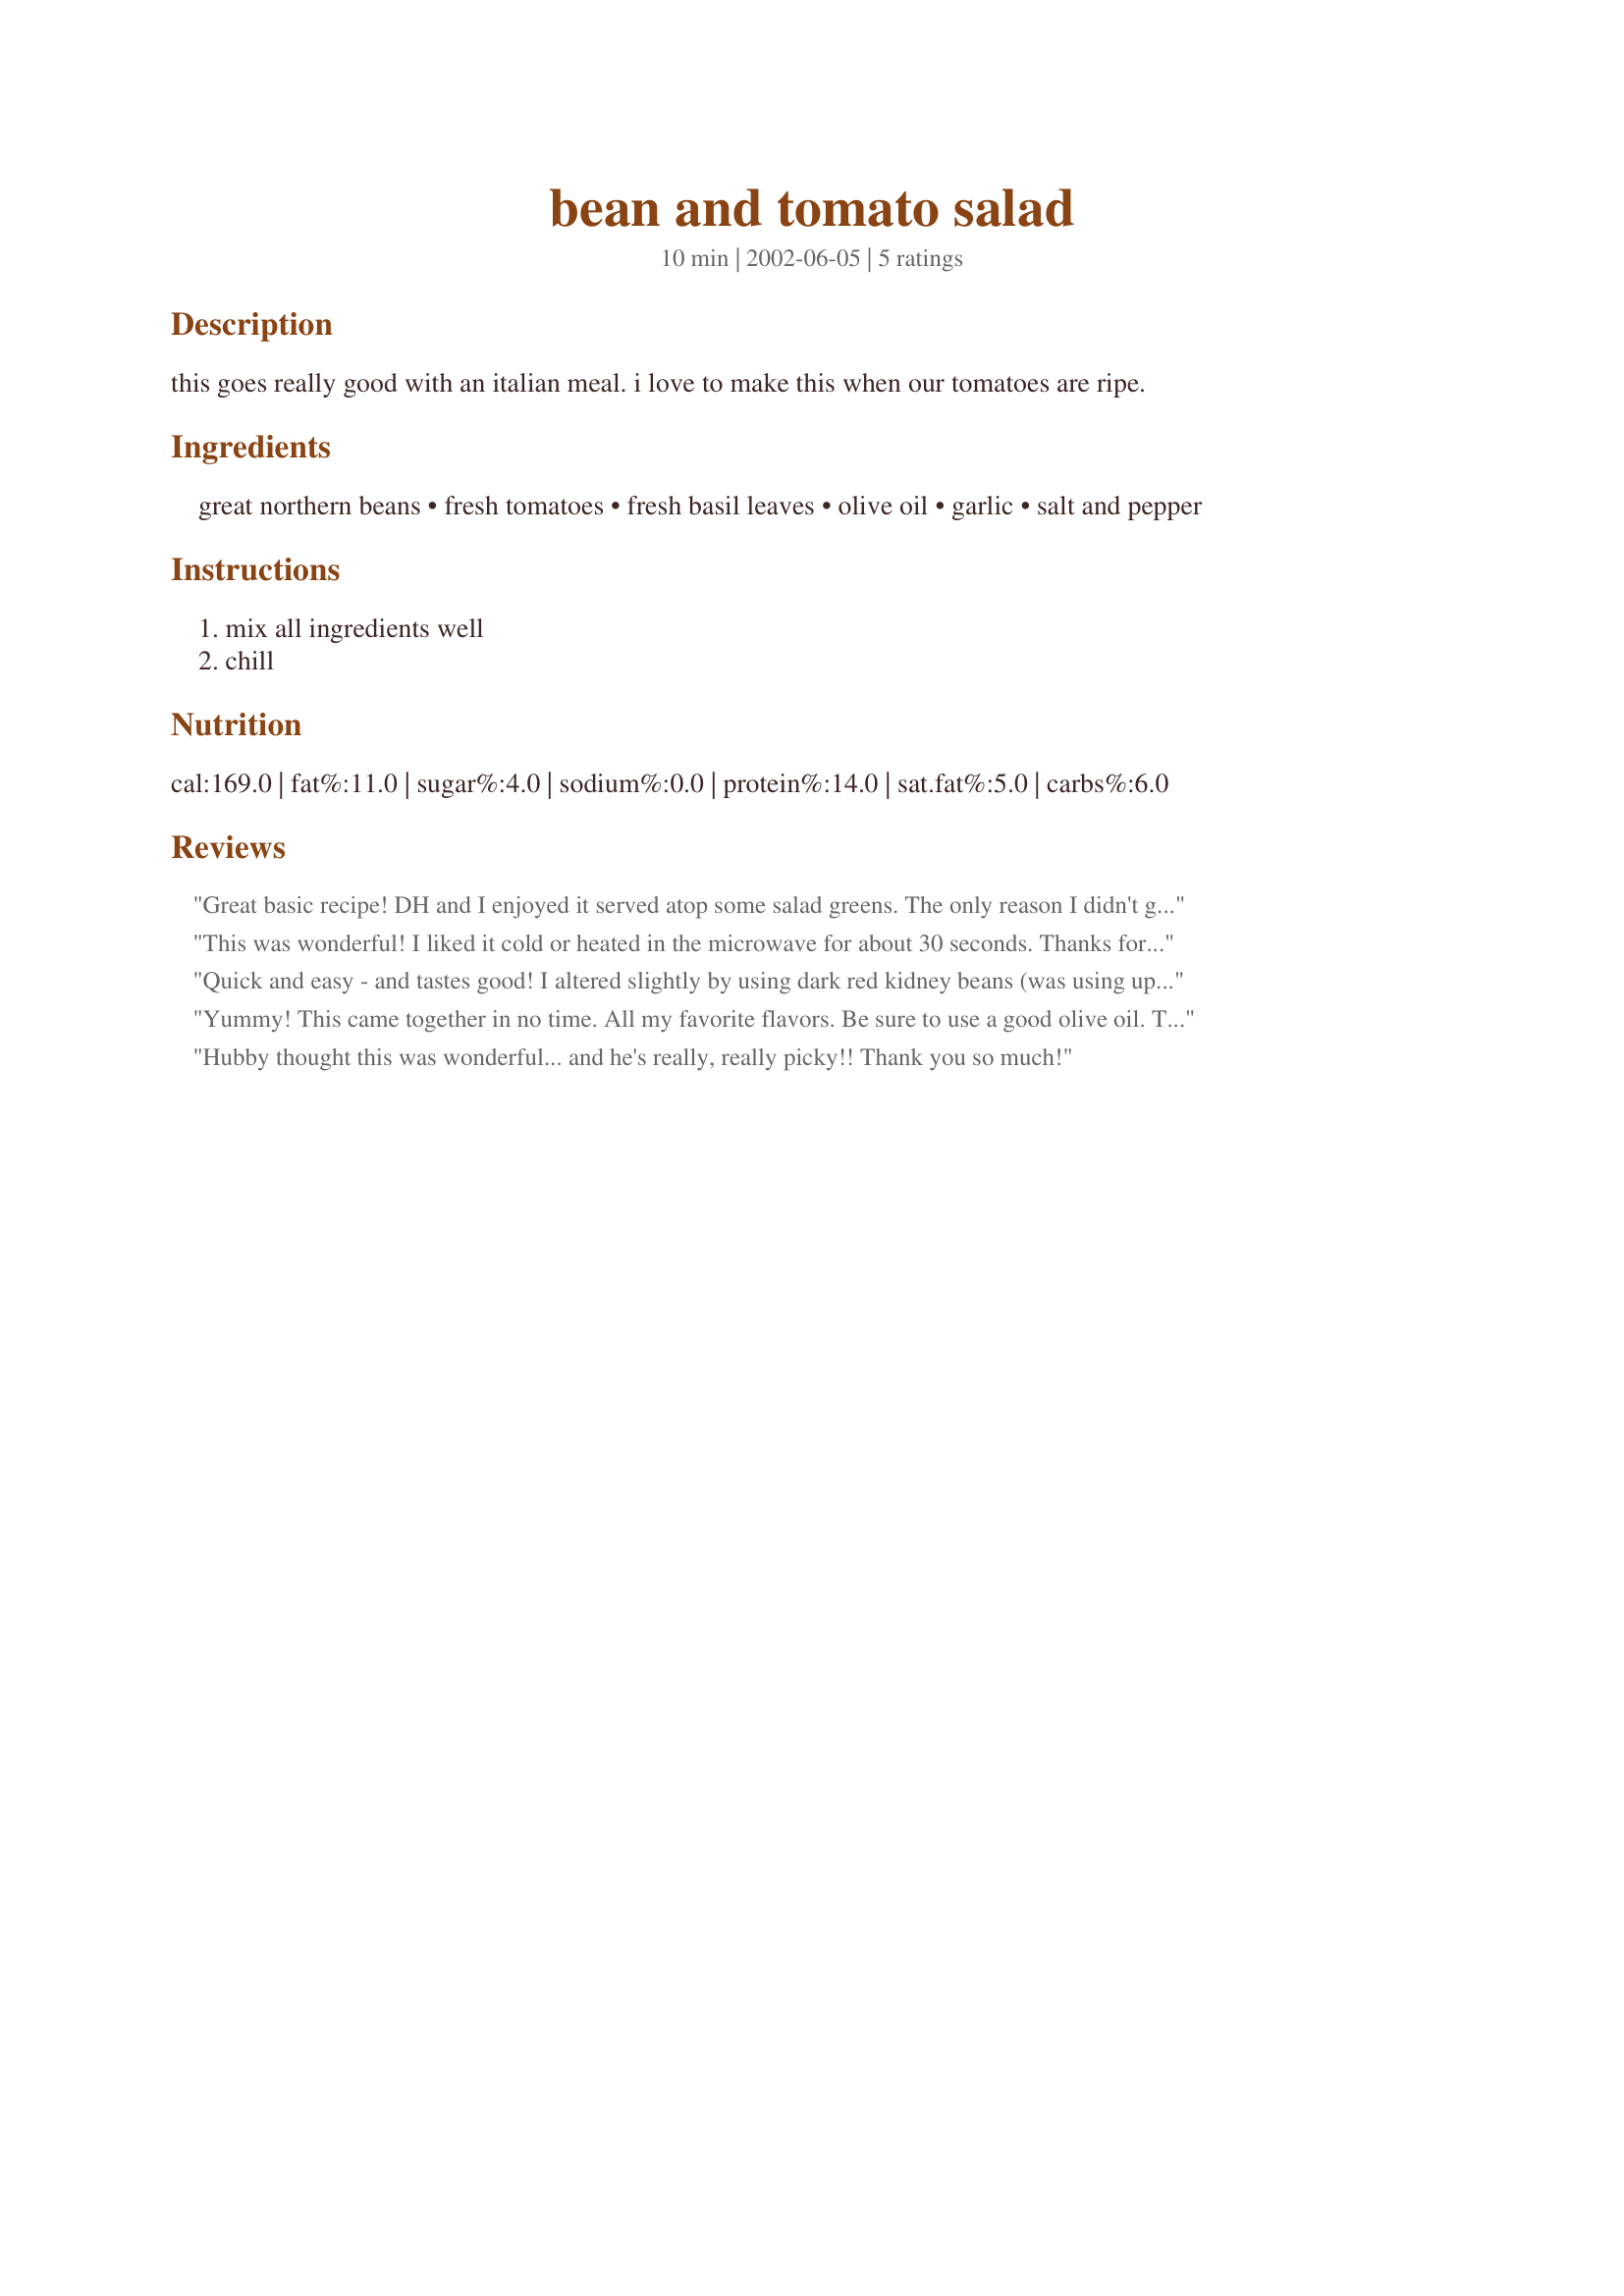
bean and tomato salad
Preparation time: 10 minutes

this goes really good with an italian meal. i love to make this when our tomatoes are ripe.

Ingredients:
great northern beans, fresh tomatoes, fresh basil leaves, olive oil, garlic, salt and pepper

Steps:
mix all ingredients well, chill

Reviews:
Great basic recipe! DH and I enjoyed it served atop some salad greens. The only reason I didn't give 5 stars is that 1 T. of raw garlic is a lot in a recipe this size. I increase the amount of garlic in almost every recipe, but in this case I used just one clove of minced garlic and it was delicious. Thanks, I'll be making again!
This was wonderful! I liked it cold or heated in the microwave for about 30 seconds. Thanks for sharing this recipe!
Quick and easy - and tastes good! I altered slightly by using dark red kidney beans (was using up a half can of them left from another recipe). To contrast the dark beans, I used yellow tomatoes. Cut the garlic to one clove (for a half recipe). After tasting, I added a splash of red wine vinegar. Will definitely keep this in mind for other times I have a partial can of beans to use. Thanks for sharing!
Yummy! This came together in no time. All my favorite flavors. Be sure to use a good olive oil. Thanks for sharing. :)
Hubby thought this was wonderful... and he's really, really picky!! Thank you so much!
